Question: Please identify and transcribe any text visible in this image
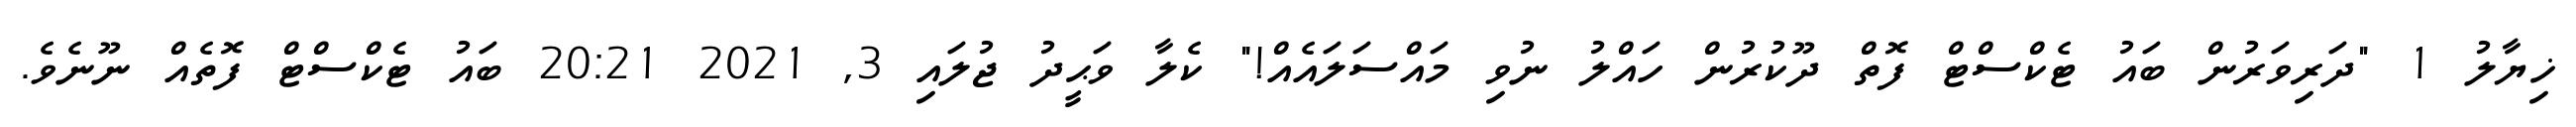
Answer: ޚިޔާލު 1 "ދަރިވަރުން ބައު ޓެކްސްޓް ފޮތް ދޫކުރުން ހައްލު ނުވި މައްސަލައެއް!" ކެލާ ވަޙީދު ޖުލައި 3, 2021 20:21 ބައު ޓެކްސްޓް ފޮތެއް ނޫނެވެ.